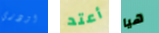
اودري أعتد هيا